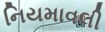
નિયમાવલી